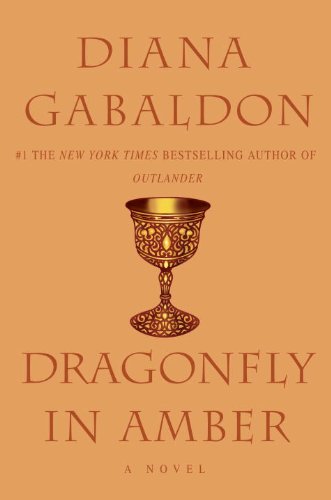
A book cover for Dragonfly in Amber (Outlander, Book 2); Diana Gabaldon; Romance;